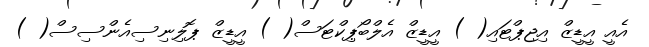
އެއީ އީޑީޒް އިޖިޕްޓައި( ) އީޑީޒް އެލްބޯޕިކްޓަސް( ) އީޑީޒް ޕޮލިނިސިއެންސިސް( )